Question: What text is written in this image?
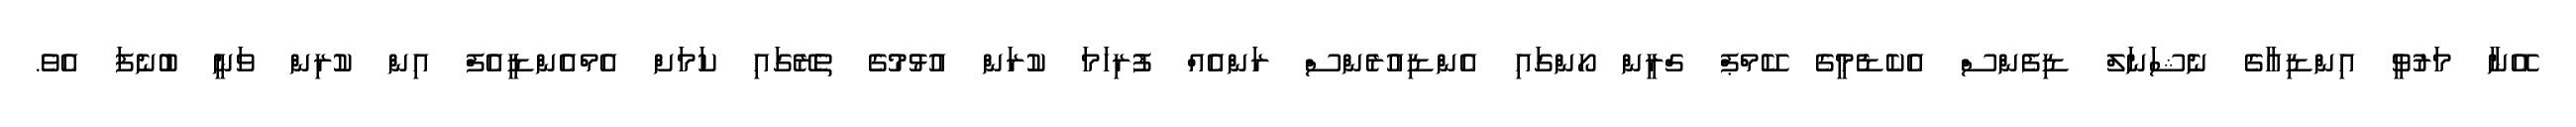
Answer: އޭނާ މަރުވީ އިންޑިއާގެ ނެޝަނަލް ޑިފެންސް އެކެޑެމީގެ ކޭމްޕް ގްރީން ހޯންގައި އެންޑިއުރެންސް ރަންއެއް ފުރިހަމަ ކުރަން އުޅުމުގެ ތެރޭގައި ކަމަށް އެމްއެންޑީއެފް އިން ކުރިން ވަނީ ބުނެފަ އެވެ.